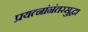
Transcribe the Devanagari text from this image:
प्रयत्नांनंतरसुद्धा